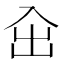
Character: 㒴